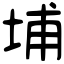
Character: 埔